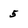
Character: 5